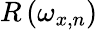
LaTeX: R\left(\omega_{x,n}\right)